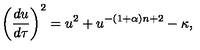
\left( { \frac { d u } { d \tau } } \right) ^ { 2 } = u ^ { 2 } + u ^ { - ( 1 + \alpha ) n + 2 } - \kappa ,